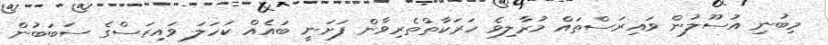
މިބުނި އުސޫލުން ވައިރަސްތައް މުރާލިވެ ހަރަކާތްތެރިވާން ފަށަނީ ބައެއް ކަހަލަ ވައިރަސްގެ ސަބަބުން